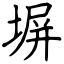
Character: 𤋊